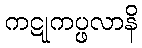
ကဋုကပ္ဖလာနိ